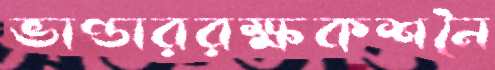
ভাণ্ডাররক্ষকশনৈ